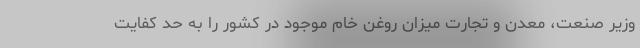
وزیر صنعت، معدن و تجارت میزان روغن خام موجود در کشور را به حد کفایت